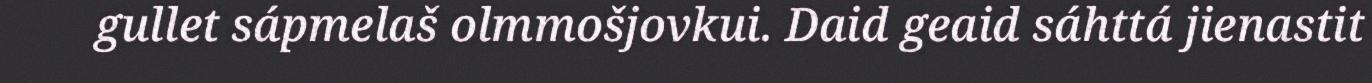
gullet sápmelaš olmmošjovkui. Daid geaid sáhttá jienastit